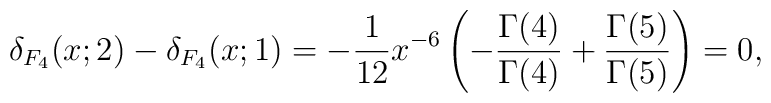
\delta_{F_{4}}(x;2)-\delta_{F_{4}}(x;1)=-{1\over 12}x^{-6}\left(-{\Gamma(4)\over \Gamma(4)}+{\Gamma(5)\over \Gamma(5)}\right)=0,